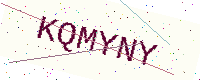
Text: KQMYNY